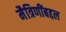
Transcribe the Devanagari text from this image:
मैत्रिणींबद्दल